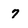
Character: 7